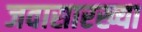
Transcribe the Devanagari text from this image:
जवासारख्या